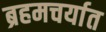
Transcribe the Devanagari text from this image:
ब्रहमचर्यात